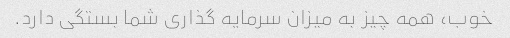
خوب، همه چیز به میزان سرمایه گذاری شما بستگی دارد.